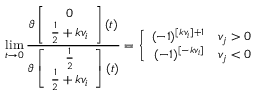
\operatorname * { l i m } _ { t \rightarrow 0 } \frac { \vartheta \left[ \begin{array} { c } { { 0 } } \\ { { \frac { 1 } { 2 } + k v _ { i } } } \end{array} \right] ( t ) } { \vartheta \left[ \begin{array} { c } { { \frac { 1 } { 2 } } } \\ { { \frac { 1 } { 2 } + k v _ { i } } } \end{array} \right] ( t ) } = \left\{ \begin{array} { r l } { { ( - 1 ) ^ { [ k v _ { i } ] + 1 } } } & { { v _ { j } > 0 } } \\ { { ( - 1 ) ^ { [ - k v _ { i } ] } } } & { { v _ { j } < 0 } } \end{array} \right.